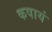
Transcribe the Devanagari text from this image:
कषायं